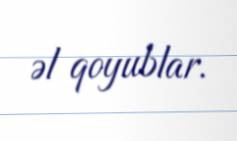
əl qoyublar.